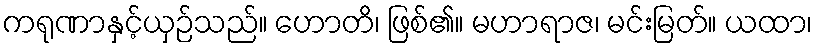
ကရုဏာနှင့်ယှဉ်သည်။ ဟောတိ၊ ဖြစ်၏။ မဟာရာဇ၊ မင်းမြတ်။ ယထာ၊